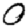
Digit: 0